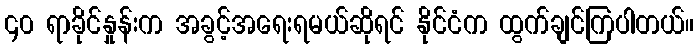
၄၀ ရာခိုင်နှုန်းက အခွင့်အရေးရမယ်ဆိုရင် နိုင်ငံက ထွက်ချင်ကြပါတယ်။